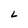
Character: L